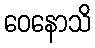
ဝေနောသိ